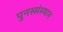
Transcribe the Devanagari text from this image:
पुनस्संस्थान